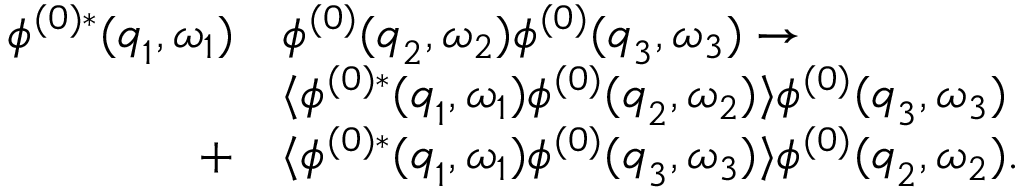
\begin{array} { r l } { \phi ^ { ( 0 ) * } ( { \boldsymbol { q } } _ { 1 } , \omega _ { 1 } ) } & { \phi ^ { ( 0 ) } ( { \boldsymbol { q } } _ { 2 } , \omega _ { 2 } ) \phi ^ { ( 0 ) } ( { \boldsymbol { q } } _ { 3 } , \omega _ { 3 } ) \to } \\ & { \langle \phi ^ { ( 0 ) * } ( { \boldsymbol { q } } _ { 1 } , \omega _ { 1 } ) \phi ^ { ( 0 ) } ( { \boldsymbol { q } } _ { 2 } , \omega _ { 2 } ) \rangle \phi ^ { ( 0 ) } ( { \boldsymbol { q } } _ { 3 } , \omega _ { 3 } ) } \\ { + } & { \langle \phi ^ { ( 0 ) * } ( { \boldsymbol { q } } _ { 1 } , \omega _ { 1 } ) \phi ^ { ( 0 ) } ( { \boldsymbol { q } } _ { 3 } , \omega _ { 3 } ) \rangle \phi ^ { ( 0 ) } ( { \boldsymbol { q } } _ { 2 } , \omega _ { 2 } ) . } \end{array}